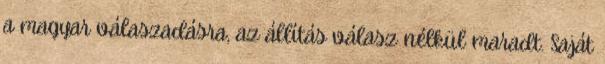
a magyar válaszadásra, az állítás válasz nélkül maradt. Saját